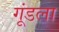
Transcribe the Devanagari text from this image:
गूंडला